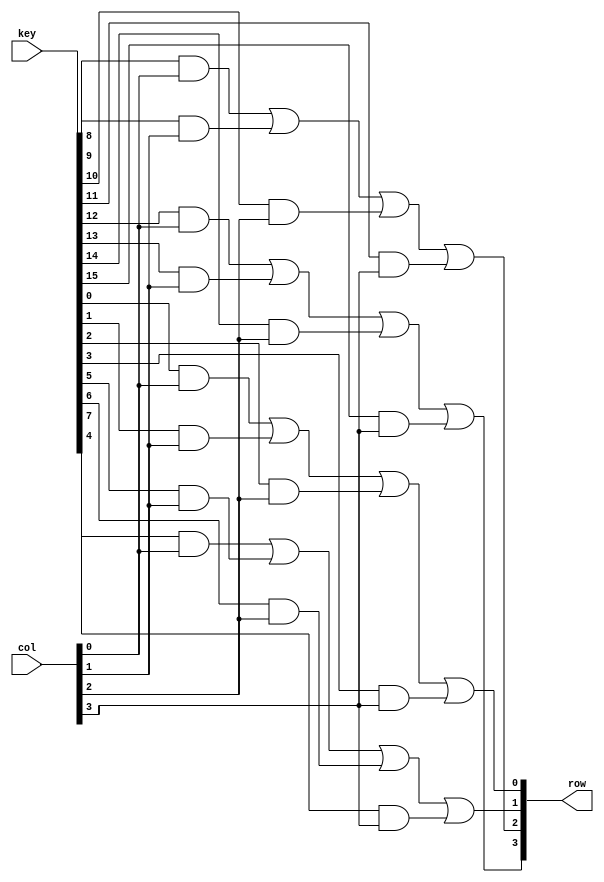
// All the coloumns are asserted

module row_sgnl(
    input [15:0]key, input [3:0] col, output reg [3:0] row
);

always @(key or col) begin
    row[0] = key[0] && col[0] || key[1] && col[1] || key[2] && col[2] || key[3] && col[3];
    row[1] = key[4] && col[0] || key[5] && col[1] || key[6] && col[2] || key[7] && col[3];
    row[2] = key[8] && col[0] || key[9] && col[1] || key[10] && col[2] || key[11] && col[3];
    row[3] = key[12] && col[0] || key[13] && col[1] || key[14] && col[2] || key[15] && col[3];
end

endmodule